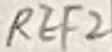
Text: REF2